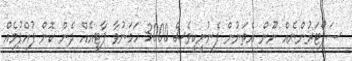
ސަޕޯޓަރުންނެއް ނޫން އެތަނުން ފެނުނީކީވެސް 3000 ހަމަނުވާ ޕާޓީއެއް ދެން ކޮން ފުއްޕުމެއް